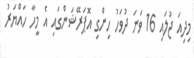
މިދިއަ ޖުލައި 16 ވަނަ ދުވަހު ހިންގި އޮޕަރޭޝަންގައި އެ މީހާ ހައްޔަރު